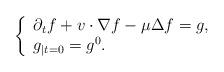
LaTeX: \begin{align*}\left\{ \begin{array}{ll} \partial_{t}f+v\cdot\nabla f-\mu\Delta f=g, \\g_{| t=0}=g^0. \end{array} \right.\end{align*}